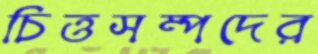
চিত্তসম্পদের